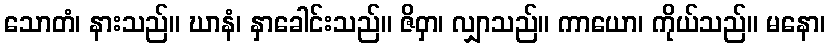
သောတံ၊ နားသည်။ ဃာနံ၊ နှာခေါင်းသည်။ ဇိဝှာ၊ လျှာသည်။ ကာယော၊ ကိုယ်သည်။ မနော၊